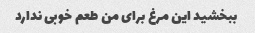
ببخشید این مرغ برای من طعم خوبی ندارد